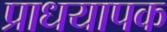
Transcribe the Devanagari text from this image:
प्राधयापक